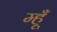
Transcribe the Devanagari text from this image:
म्हूँ